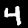
Label: 4